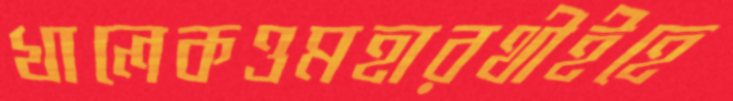
খালেকওমহারথীইহে